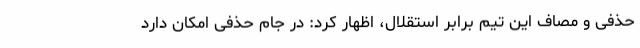
حذفی و مصاف این تیم برابر استقلال، اظهار کرد: در جام حذفی امکان دارد